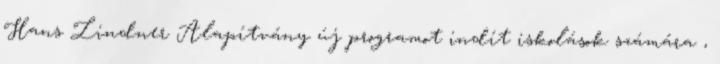
Hans Lindner Alapítvány új programot indít iskolások számára ,